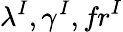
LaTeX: \lambda^{I},\gamma^{I},\textit{fr}^{I}